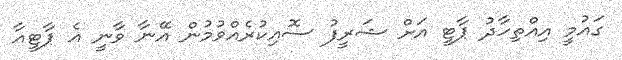
ގައުމީ އިއްތިހާދު ޕާޓީ އަށް ޝަރީފު ސޮއިކުރެއްވުމުން އޭނާ ވާނީ އެ ޕާޓީއާ